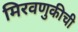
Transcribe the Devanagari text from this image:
मिरवणुकीची